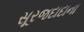
સૂરજદાદાના